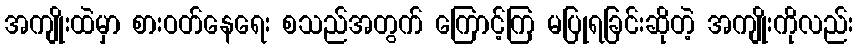
အကျိုးထဲမှာ စားဝတ်နေရေး စသည်အတွက် ကြောင့်ကြ မပြုရခြင်းဆိုတဲ့ အကျိုးကိုလည်း